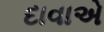
દાવાએ